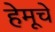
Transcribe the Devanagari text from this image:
हेमूचे